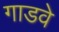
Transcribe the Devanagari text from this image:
गाडवे